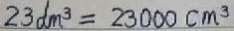
2 3 d m ^ { 3 } = 2 3 0 0 0 c m ^ { 3 }